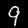
Digit: 9